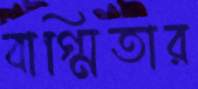
বাগ্মিতার